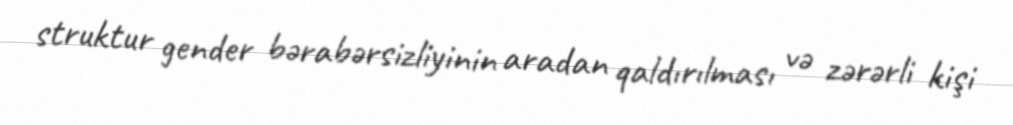
struktur gender bərabərsizliyinin aradan qaldırılması və zərərli kişi